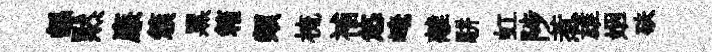
繇黙廉簇黑箱類梳補悠崦離駢虹陟惹雄姻砆